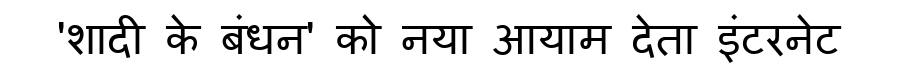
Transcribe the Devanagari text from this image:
'शादी के बंधन' को नया आयाम देता इंटरनेट